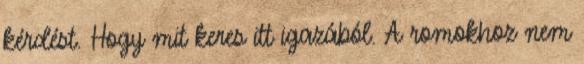
kérdést. Hogy mit keres itt igazából. A romokhoz nem